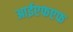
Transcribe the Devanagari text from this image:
आईएफएफ